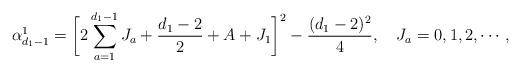
LaTeX: \begin{align*} \alpha^1_{d_1-1}=\bigg[2\sum_{a=1}^{d_1-1}J_a+\frac{d_1-2}{2}+A+J_1\bigg]^2-\frac{(d_1-2)^2}{4},~~~J_a=0,1,2,\cdots,\end{align*}